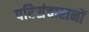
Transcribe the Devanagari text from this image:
परिसंचारानों